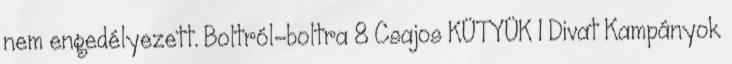
nem engedélyezett. Boltról-boltra 8 Csajos KÜTYÜK 1 Divat Kampányok